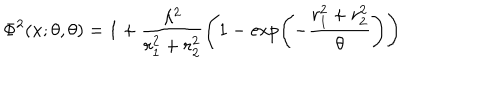
\Phi ^ { 2 } ( x ; \theta , \theta ) = 1 + \frac { \lambda ^ { 2 } } { r _ { 1 } ^ { 2 } + r _ { 2 } ^ { 2 } } \left( 1 - \exp \left( - \frac { r _ { 1 } ^ { 2 } + r _ { 2 } ^ { 2 } } { \theta } \right) \right)